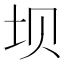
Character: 坝